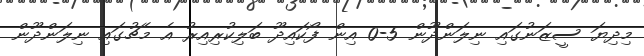
މިދިޔަ ސީޒަނުގައި ނިލަންދޫން 5-0 އިން ފޯކައިދޫ ބަލިކުރިއިރު އެ މެޗުގައި ނިލަންދޫން